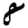
Digit: 8